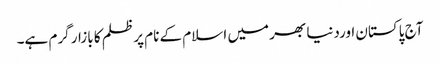
آج پاکستان اوردنیا بھر میں اسلام کے نام پر ظلم کا بازار گرم ہے۔